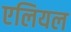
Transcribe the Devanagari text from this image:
एलियल